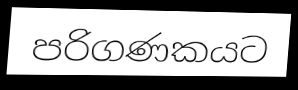
පරිගණකයට